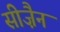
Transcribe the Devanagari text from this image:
सीज़ैन